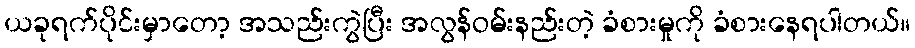
ယခုရက်ပိုင်းမှာတော့ အသည်းကွဲပြီး အလွန်ဝမ်းနည်းတဲ့ ခံစားမှုကို ခံစားနေရပါတယ်။